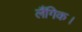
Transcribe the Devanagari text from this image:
लैंगिक।